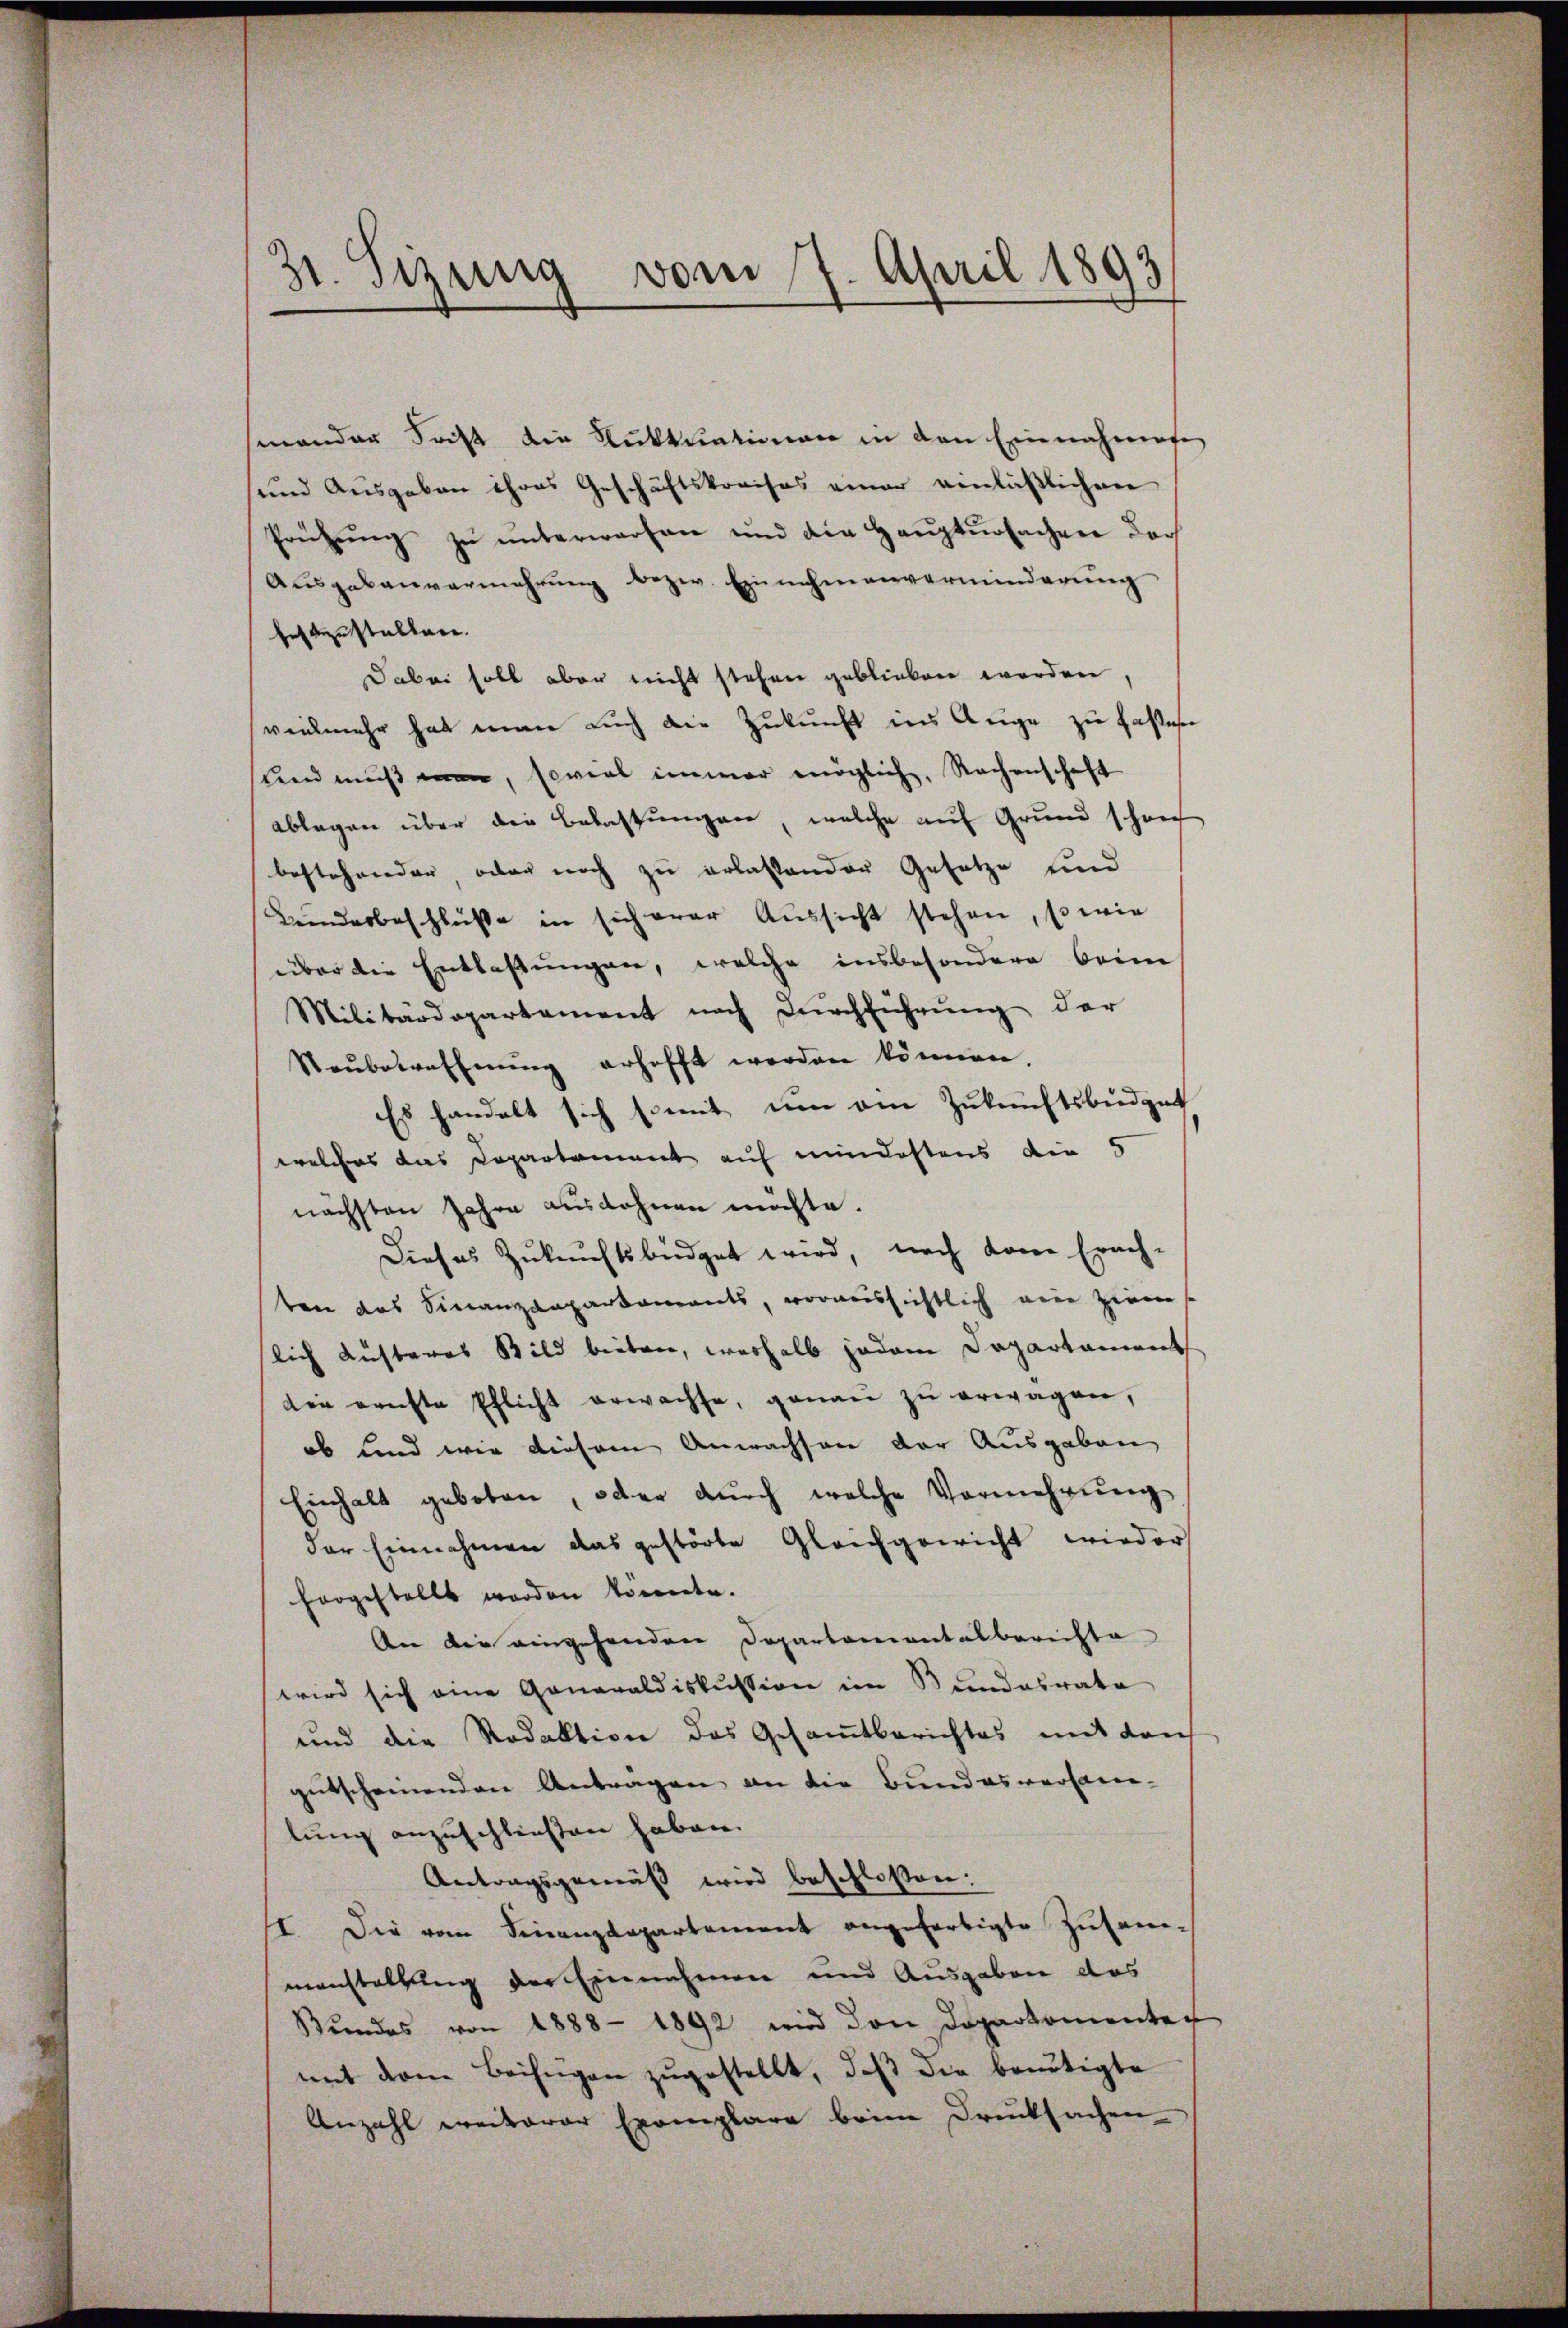
31. Sezing vom 7. April 1893

sinander dritt die Fiktuationen in den Einnahmen
und Ausgaben ihres Geschäftskreises einer verläßlichen
Prüfŭng zŭ ŭnterworfen und die Haŭptŭrsachen der
Ausgabenvermehrung bezw. Einnahmenverminderung
festzustalten.
Dabei soll aber nicht stehen geblieben worden,
vielmehr hat man auch die Zukunft ins Auge zu fassen
und muß man, soviel immer möglich, Rachenschaft
ablegen über die Belastungen, welche auf Grund schon
bestehender, oder noch zu erlassender Gesetze und
Bunderbeschlüße in sich erer Aussicht stehen, so wie
über die Entlassungen, welche insbesondere beim
Militärdepartement nach Durchführung der
Neŭbetreffnung erhofft werden können
Es handelt sich somit um am Zukunftsbüdget
welches das Departement auf mindestens die 5
nächsten Jahre ausdehnen möchte.
Dieses Zukunftsbüdget wird, nach kome Erach-
ten das Finanzanpartaments, voraussichtlich ein Ziems
lich Küsteres Bild bieten, weshalb jedem Departament
din ernste Pflicht erwachse, genaŭ zŭ erwagen,
ob Kind wie diesem Anwachsen der Ausgaben
Einhalt geboten, oder dŭrch welche Vermehrŭng
der Einnahmen das gestörte Gleichgewicht wieder
forgestellt worden könnte.
An die eingehenden Departamentalberichte
wird sich eine Generaldiskussion im Bundesrate
und die Redaktion des Gesamtberichtes mit dem
gutscheinenden Antragen an die Bundesversamlung anzuschließen haben.
Antragsgemäß wird beschlossen:
I. Die vom Finanzdepartement angefertigte Zŭsam-
manstaltung der Einnahmen und Ausgaben das
Bŭndes von 1888 - 1892 wird den Dopartementer
mit dem Beifügen zŭgestellt, daβ die bartigte
Anzahl weiterer Exemplare beim Drucksachen